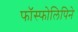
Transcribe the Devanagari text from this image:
फॉस्फोलिपिने